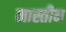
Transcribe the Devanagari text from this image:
मास्तीन